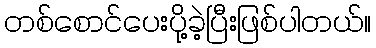
တစ်စောင်ပေးပို့ခဲ့ပြီးဖြစ်ပါတယ်။